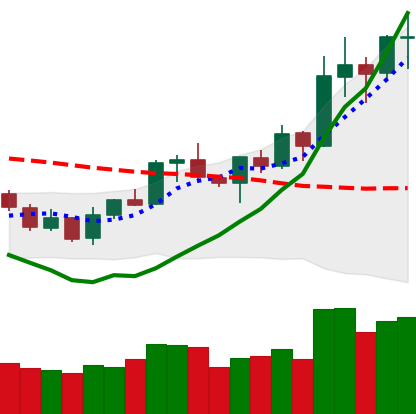
Ticker: NEO-USD
Chart end date: 2020-01-18
Forward return: -10.956%
Label: down_7plus